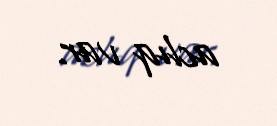
aclıq var.